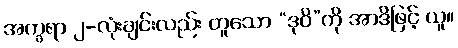
အက္ခရာ ၂-လုံးချင်းလည်း တူသော “ဒုဝိ”ကို အာဒိဖြင့် ယူ။